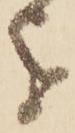
を